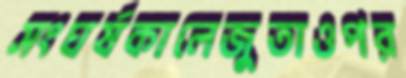
সংঘর্ষকালেজুতাওপর